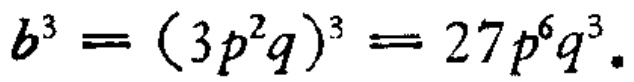
\(b^{3}=(3p^{2}q)^{3}=27p^{6}q^{3}\)